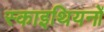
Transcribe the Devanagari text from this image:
स्काइथियनों